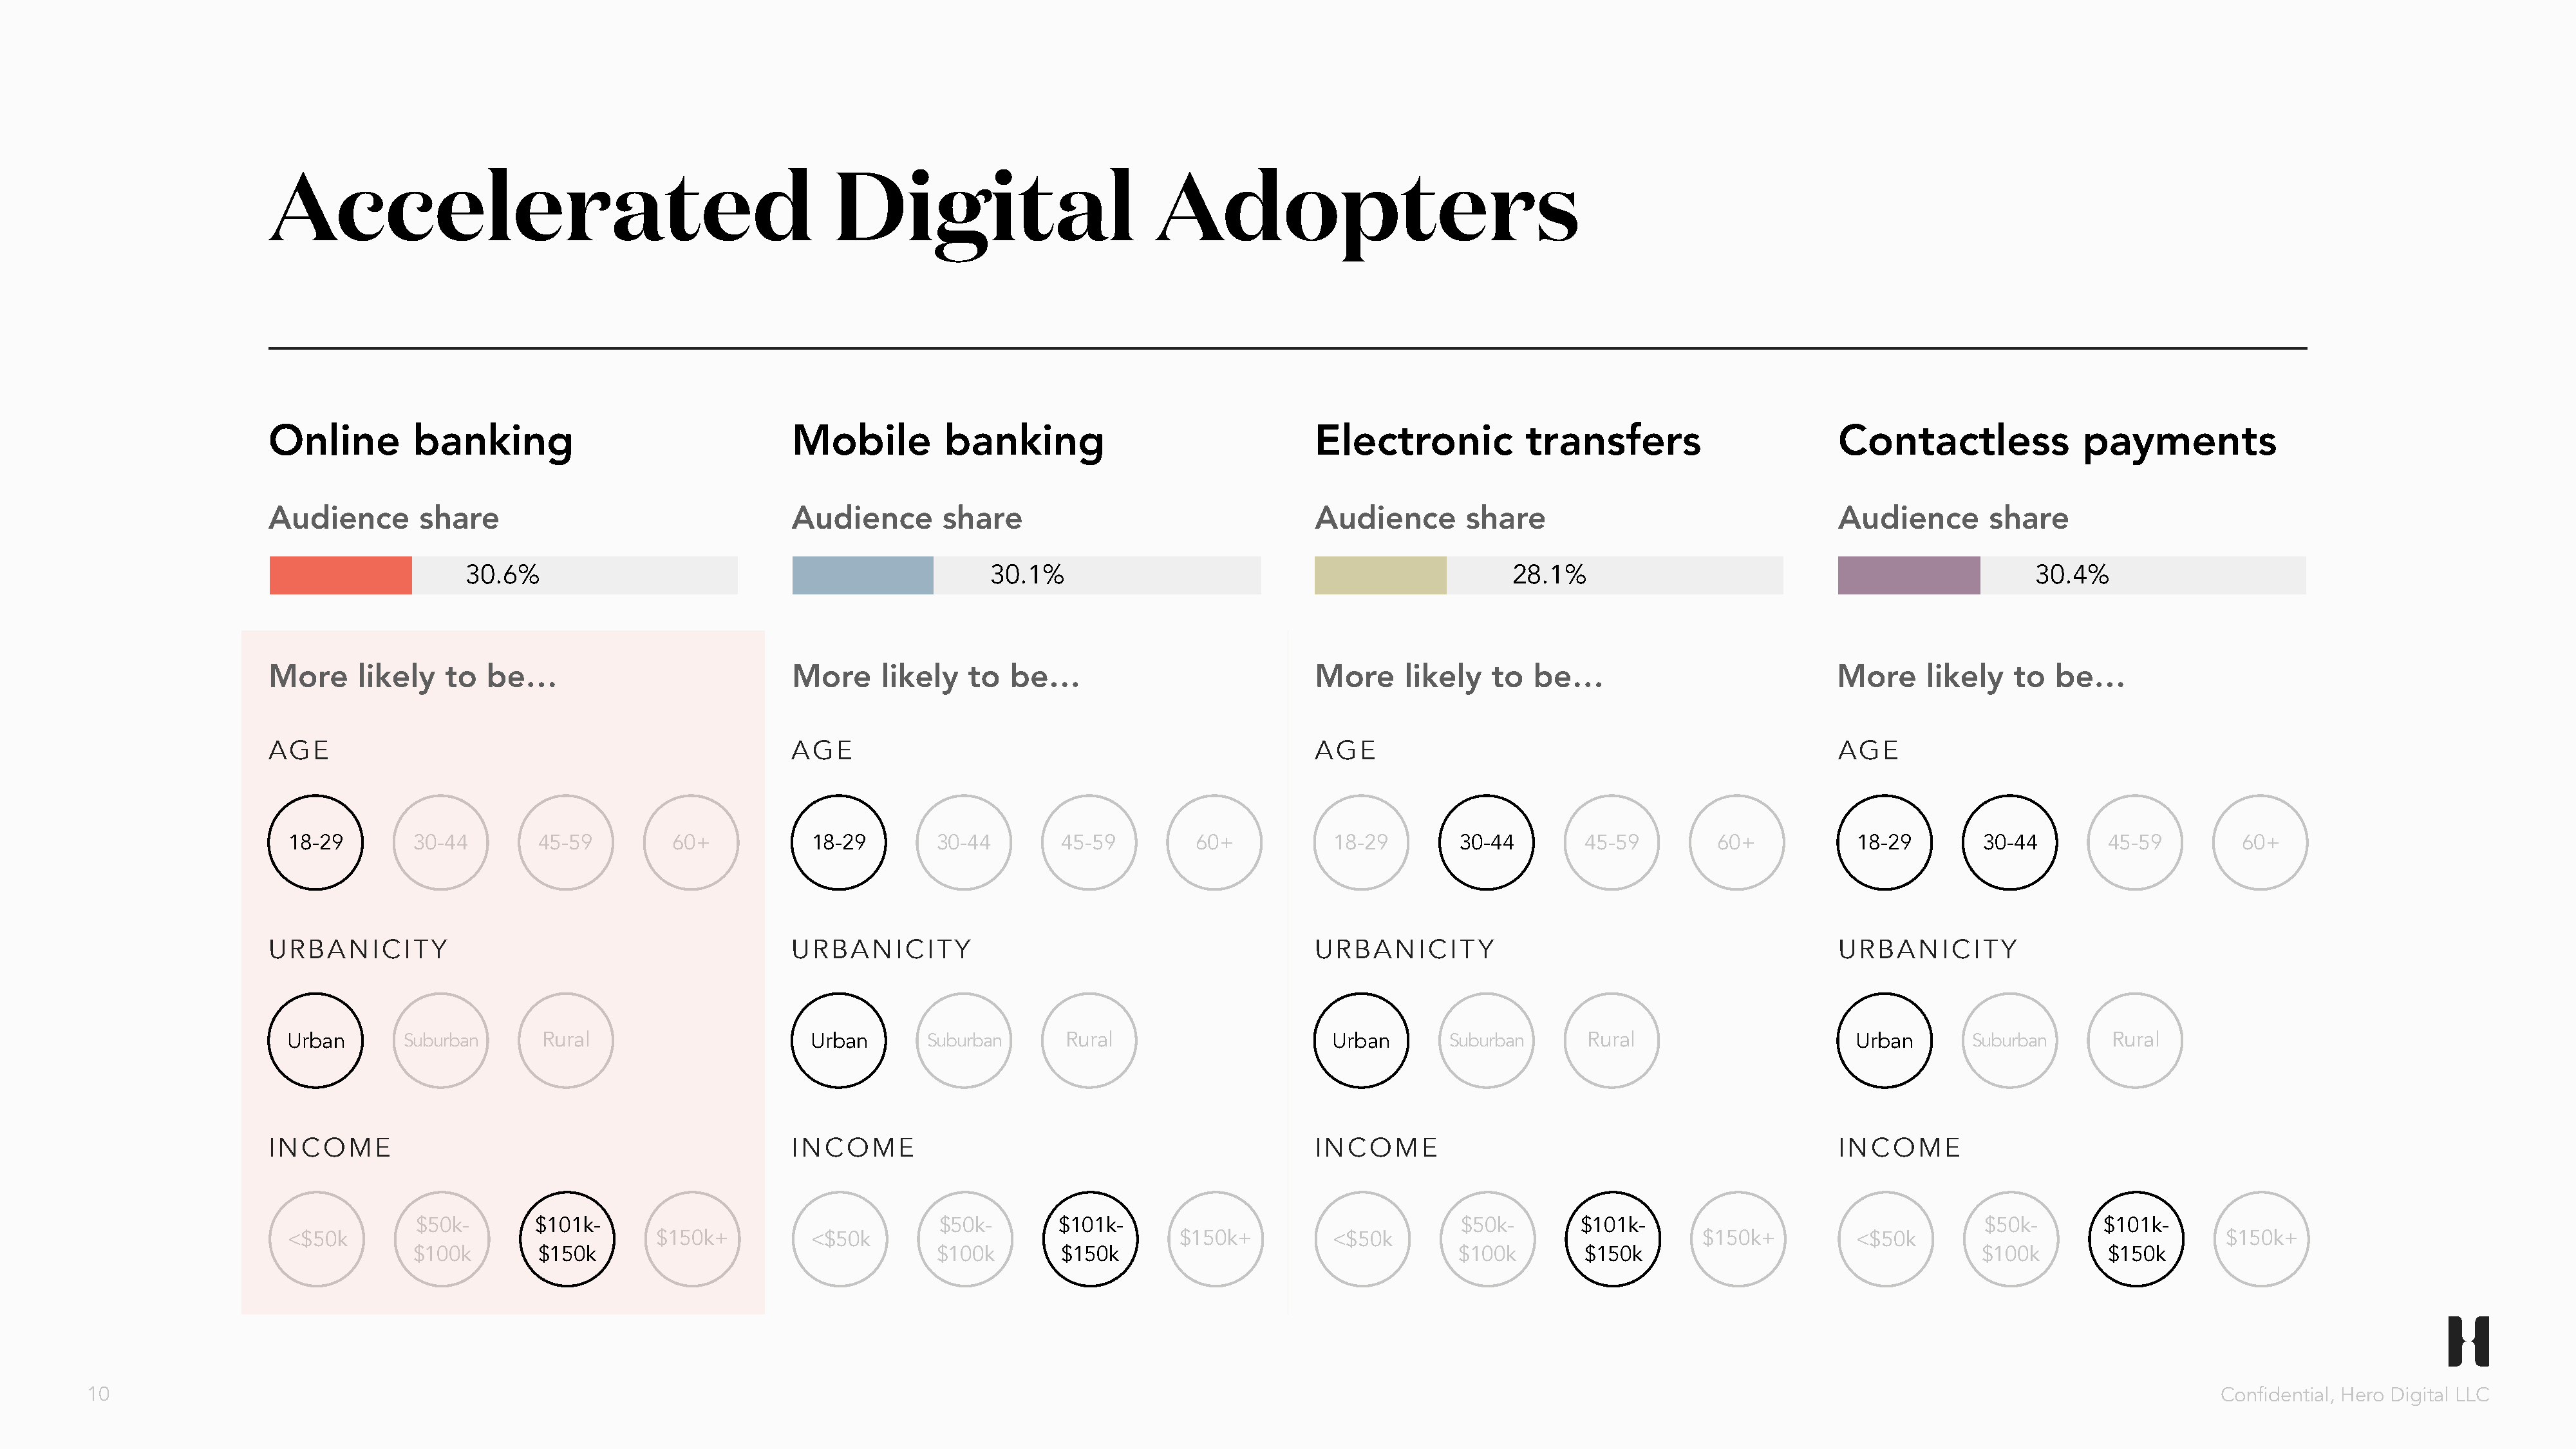
Accelerated                                               Digital                          Adopters
 Online        banking                                Mobile          banking                               Electronic            transfers                       Contactless              payments
 Audience       share                                 Audience        share                                 Audience        share                                 Audience       share
 30.6%                                                 30.1%                                                28.1%                                                 30.4%
 More     likely   to  be…                            More      likely   to  be…                            More     likely   to   be…                            More     likely   to  be…
 AGE                                                  AGE                                                   AGE                                                   AGE
 18-29       30-44        45-59         60+           18-29        30-44        45-59         60+           18-29        30-44        45-59         60+           18-29        30-44        45-59        60+
 URBANICITY                                           URBANICITY                                            URBANICITY                                            URBANICITY
 Urban       Suburban      Rural                      Urban       Suburban       Rural                      Urban       Suburban      Rural                       Urban       Suburban      Rural
 INCOME                                               INCOME                                                INCOME                                                INCOME
 $50k-       $101k-                                    $50k-       $101k-                                   $50k-       $101k-                                    $50k-       $101k-
 <$50k                                $150k+          <$50k                                 $150k+          <$50k                                 $150k+          <$50k                                 $150k+
 $100k        $150k                                    $100k        $150k                                    $100k        $150k                                    $100k        $150k
 10                                                                                                                                                                                                                         Confidential, Hero Digital LLC